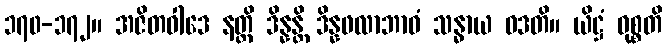
၁၇၀-၁၇၂။ အဇိတဝါဒေ နတ္ထိ ဒိန္နန္တိ ဒိန္နဖလာဘာဝံ သန္ဓာယ ဝဒတိ။ ယိဋ္ဌံ ဝုစ္စတိ